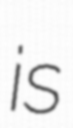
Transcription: is